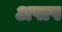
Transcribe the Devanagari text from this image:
अपाप